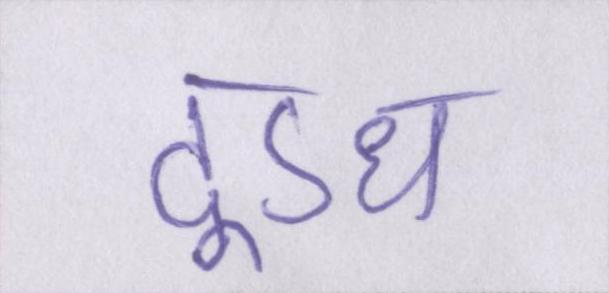
दूऽध